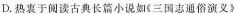
D.热衷于阅读古典长篇小说如《三国志通俗演义》